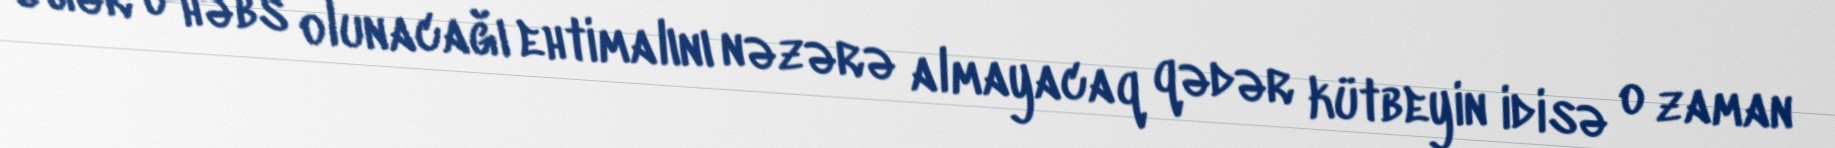
Əgər o həbs olunacağı ehtimalını nəzərə almayacaq qədər kütbeyin idisə o zaman